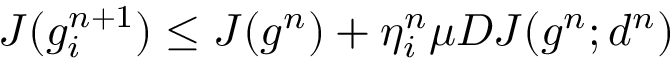
J ( g _ { i } ^ { n + 1 } ) \le J ( g ^ { n } ) + \eta _ { i } ^ { n } \mu D J ( g ^ { n } ; d ^ { n } )